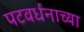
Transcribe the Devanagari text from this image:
पटवर्धनाच्या